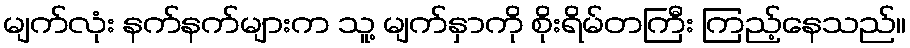
မျက်လုံး နက်နက်များက သူ့ မျက်နှာကို စိုးရိမ်တကြီး ကြည့်နေသည်။